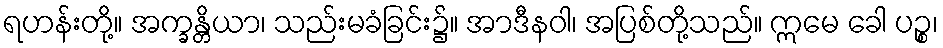
ရဟန်းတို့။ အက္ခန္တိယာ၊ သည်းမခံခြင်း၌။ အာဒီနဝါ၊ အပြစ်တို့သည်။ ဣမေ ခေါ ပဉ္စ၊